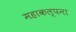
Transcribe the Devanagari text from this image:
महाकल्पना